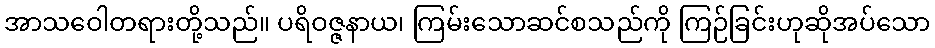
အာသဝေါတရားတို့သည်။ ပရိဝဇ္ဇနာယ၊ ကြမ်းသောဆင်စသည်ကို ကြဉ်ခြင်းဟုဆိုအပ်သော